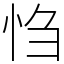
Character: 㤘